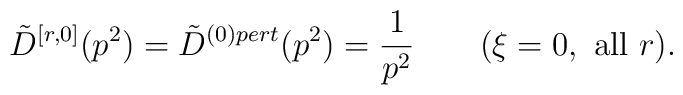
\tilde D^{[r,0]}(p^2)=\tilde D^{(0)pert}(p^2)=\frac{1}{p^2} \qquad (\xi=0,\mbox{ all }r).